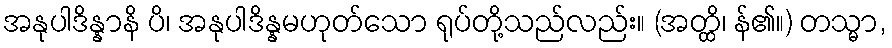
အနုပါဒိန္နာနိ ပိ၊ အနုပါဒိန္နမဟုတ်သော ရုပ်တို့သည်လည်း။ (အတ္ထိ၊ န်၏။) တသ္မာ,